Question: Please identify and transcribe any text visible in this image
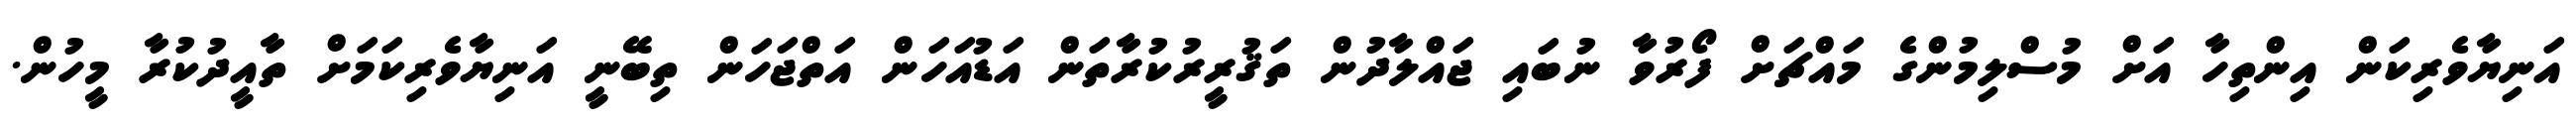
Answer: އަނިޔާވެރިކަން އިންތިހާ އަށް މުސްލިމުންގެ މައްޗަށް ފޯރުވާ ނުބައި ޖައްލާދުން ތަޤުރީރުކުރާތަން އަޑުއަހަން އަތްޖަހަން ތިބޭނީ އަނިޔާވެރިކަމަށް ތާއީދުކުރާ މީހުން.